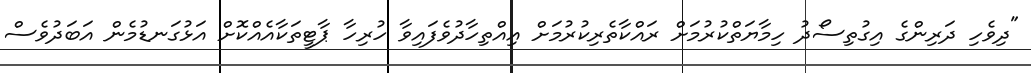
"ދިވެހި ދަރިންގެ އިގުތިސޯދު ހިމާޔަތްކުރުމަށް ރައްކާތެރިކުރުމަށް އިއްތިހާދުވެފައިވާ ހުރިހާ ޕާޓީތަކާއެއްކޮށް އަޅުގަނޑުމެން އަބަދުވެސް